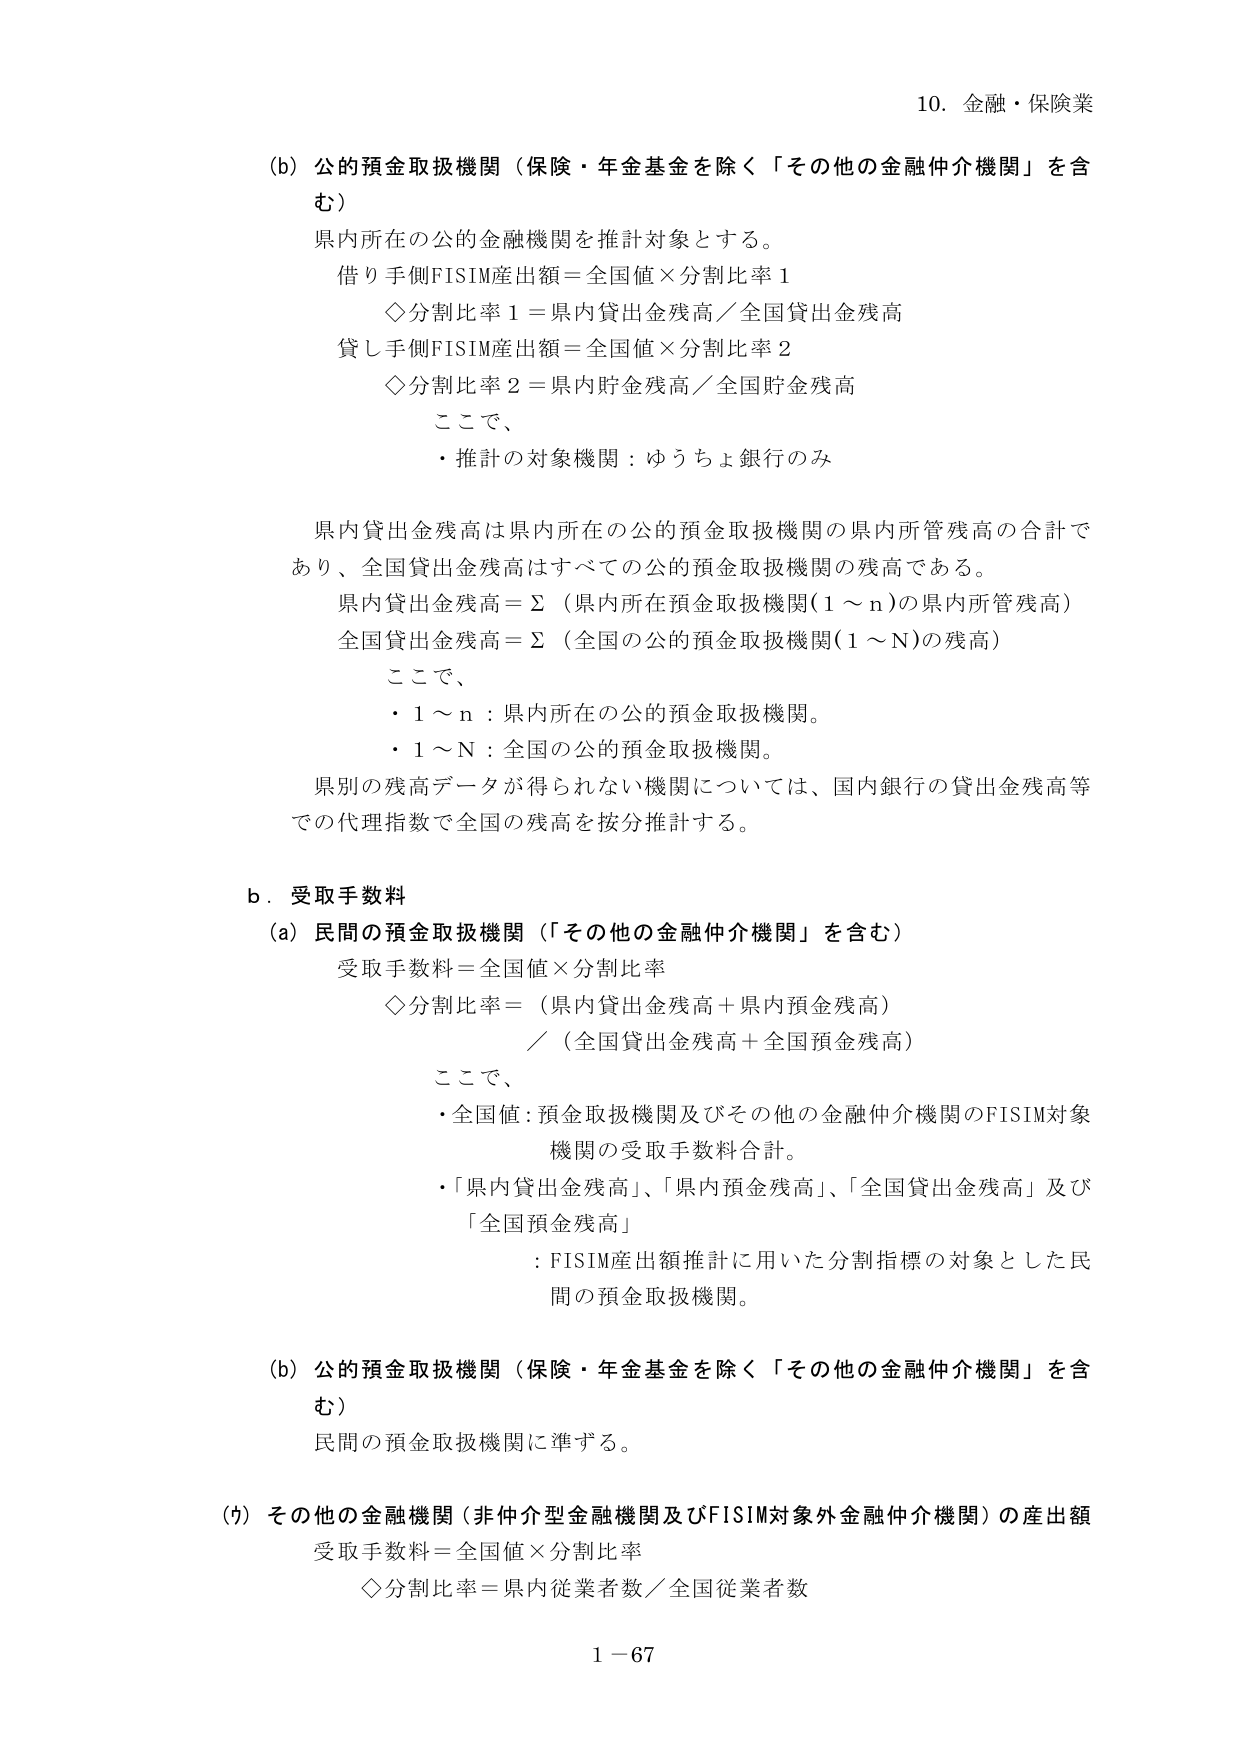
10. 金融・保険業

(b) 公的預金取扱機関（保険・年金基金を除く「その他の金融仲介機関」を含む）

県内所在の公的金融機関を推計対象とする。

借り手側FISIM産出額＝全国値×分割比率1
◇分割比率1＝県内貸出金残高／全国貸出金残高

貸し手側FISIM産出額＝全国値×分割比率2
◇分割比率2＝県内貯金残高／全国貯金残高

ここで、
・推計の対象機関：ゆうちょ銀行のみ

県内貸出金残高は県内所在の公的預金取扱機関の県内所管残高の合計であり、全国貸出金残高はすべての公的預金取扱機関の残高である。
県内貸出金残高＝Σ（県内所在預金取扱機関(1～n)の県内所管残高）
全国貸出金残高＝Σ（全国の公的預金取扱機関(1～N)の残高）

ここで、
・1～n：県内所在の公的預金取扱機関。
・1～N：全国の公的預金取扱機関。

県別の残高データが得られない機関については、国内銀行の貸出金残高等での代理指数で全国の残高を按分推計する。

b．受取手数料

(a) 民間の預金取扱機関（「その他の金融仲介機関」を含む）
受取手数料＝全国値×分割比率
◇分割比率＝（県内貸出金残高＋県内預金残高）／（全国貸出金残高＋全国預金残高）

ここで、
・全国値：預金取扱機関及びその他の金融仲介機関のFISIM対象機関の受取手数料合計。
・「県内貸出金残高」、「県内預金残高」、「全国貸出金残高」及び「全国預金残高」
　：FISIM産出額推計に用いた分割指標の対象とした民間の預金取扱機関。

(b) 公的預金取扱機関（保険・年金基金を除く「その他の金融仲介機関」を含む）
民間の預金取扱機関に準ずる。

(ｳ) その他の金融機関（非仲介型金融機関及びFISIM対象外金融仲介機関）の産出額
受取手数料＝全国値×分割比率
◇分割比率＝県内従業者数／全国従業者数

1－67